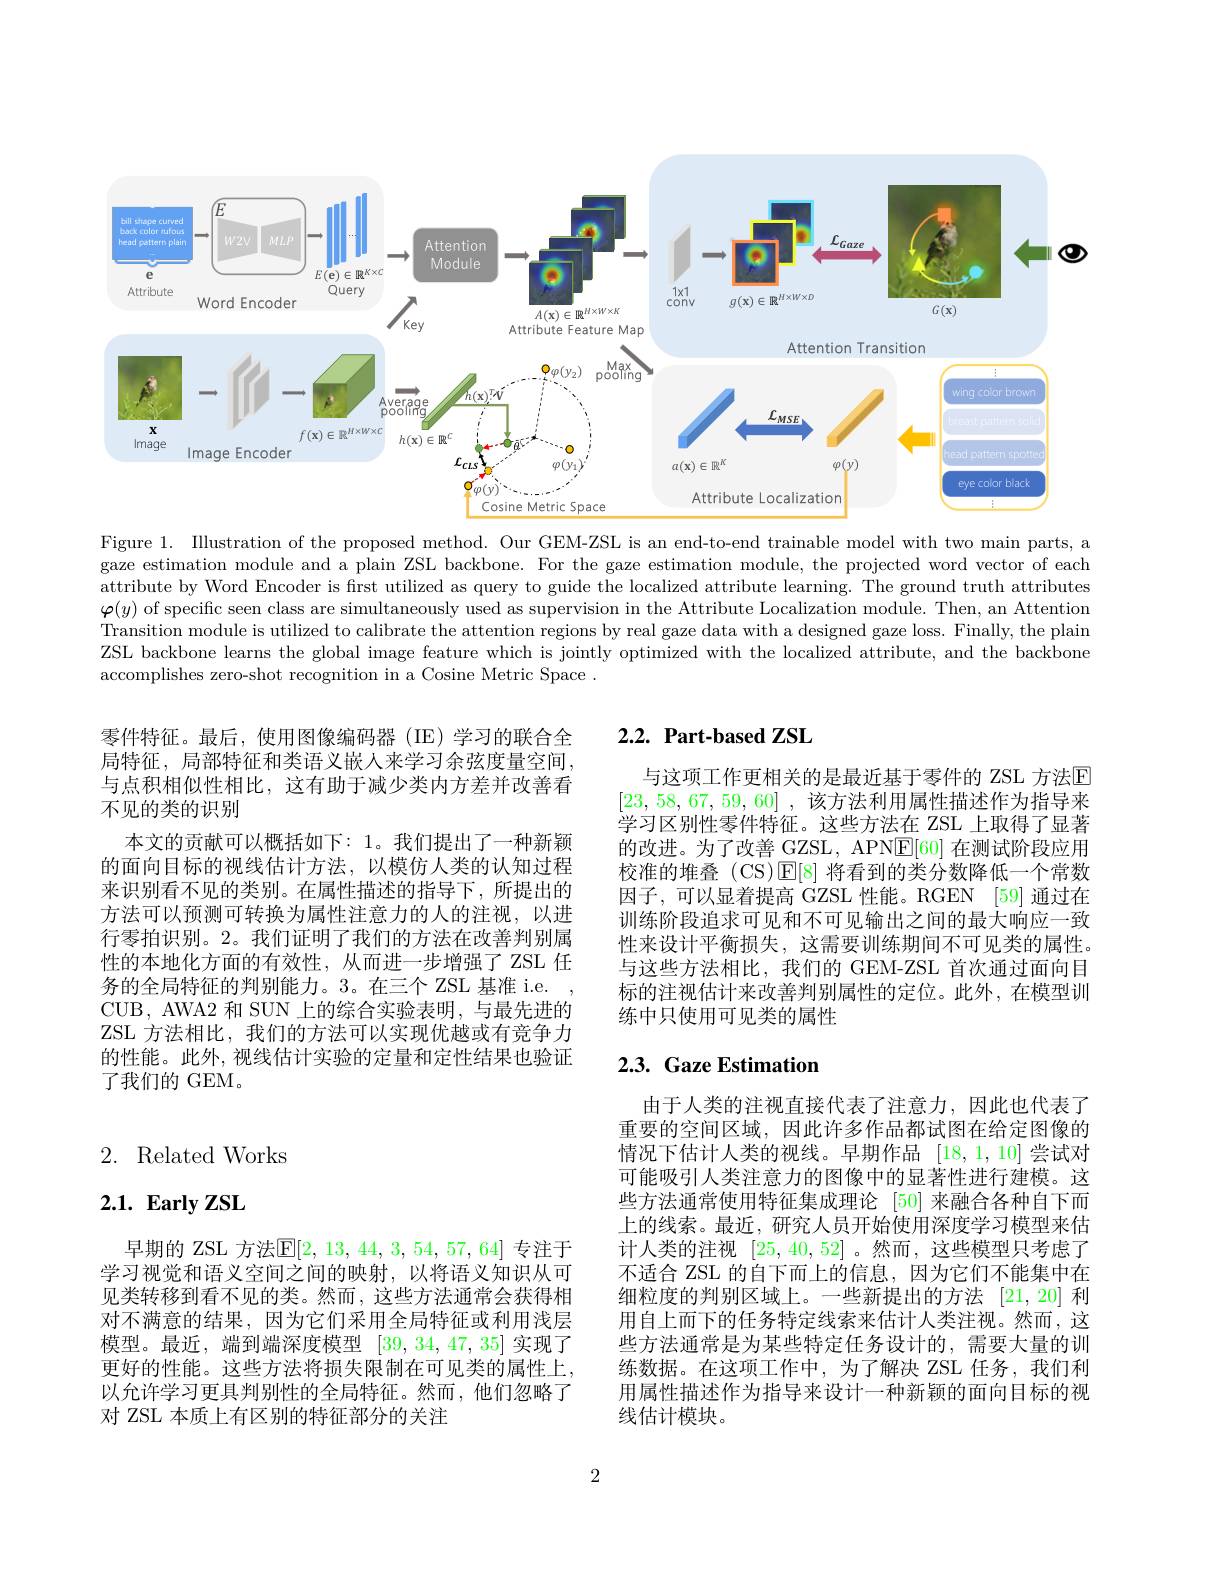
<FigureHere>

Figure 1. Illustration of the proposed method. Our GEM-ZSL is an end-to-end trainable model with two main parts, a gaze estimation module and a plain ZSL backbone. For the gaze estimation module, the projected word vector of each attribute by Word Encoder is frst utilized as query to guide the localized attribute learning. The ground truth attributes $\varphi(y)$ of specific seen class are simultaneously used as supervision in the Attribute Localization module. Then, an Attention Transition module is utilized to calibrate the attention regions by real gaze data with a designed gaze loss. Finally, the plain ZSL backbone learns the global image feature which is jointly optimized with the localized attribute, and the backbone accomplishes zero-shot recognition in a Cosine Metric Space .

# 2.2. Part-based ZSL

与这项工作更相关的是最近基于零件的 ZSL 方法$\mathbb{E}$ [23,58,67,59,60] , 该方法利用属性描述作为指导来学习区别性零件特征。这些方法在 ZSL 上取得了显著的改进。为了改善 GZSL, APN$\boxed{\mathrm{E}}[60]$在测试阶段应用校准的堆叠 (CS)$\mathbb{E}[8]$将看到的类分数降低一个常数因子，可以显着提高 GZSL 性能。RGEN [59] 通过在训练阶段追求可见和不可见输出之间的最大响应一致性来设计平衡损失，这需要训练期间不可见类的属性。与这些方法相比，我们的 GEM-ZSL 首次通过面向目标的注视估计来改善判别属性的定位。此外，在模型训练中只使用可见类的属性

零件特征。最后，使用图像编码器(IE)学习的联合全局特征，局部特征和类语义嵌人来学习余弦度量空间， 与点积相似性相比，这有助于减少类内方差并改善看不见的类的识别
本文的贡献可以概括如下：1。我们提出了一种新颖的面向目标的视线估计方法，以模仿人类的认知过程来识别看不见的类别。在属性描述的指导下，所提出的方法可以预测可转换为属性注意力的人的注视，以进行零拍识别。2。我们证明了我们的方法在改善判别属性的本地化方面的有效性，从而进一步增强了 ZSL 任务的全局特征的判别能力。3。在三个 ZSL 基准 i.e.
CUB, AWA2 和 SUN 上的综合实验表明，与最先进的ZSL 方法相比，我们的方法可以实现优越或有竞争力的性能。此外，视线估计实验的定量和定性结果也验证了我们的 GEM。

# 2.3. Gaze Estimation

# 2. Related Works

# $2. 1. \textbf{ Early ZSL}$

由于人类的注视直接代表了注意力，因此也代表了重要的空间区域，因此许多作品都试图在给定图像的情况下估计人类的视线。早期作品[18,1,10]尝试对可能吸引人类注意力的图像中的显著性进行建模。这些方法通常使用特征集成理论 [50] 来融合各种自下而上的线索。最近，研究人员开始使用深度学习模型来估计人类的注视[25,40,52] 。然而，这些模型只考虑了不适合 ZSL 的自下而上的信息，因为它们不能集中在细粒度的判别区域上。一些新提出的方法 [21,20] 利用自上而下的任务特定线索来估计人类注视。然而，这些方法通常是为某些特定任务设计的，需要大量的训练数据。在这项工作中，为了解决 ZSL 任务，我们利用属性描述作为指导来设计一种新颖的面向目标的视线估计模块。

早期的 ZSL 方法$\mathbb{E}[2,13,44,3,54,57,64]$ 专注于学习视觉和语义空间之间的映射，以将语义知识从可见类转移到看不见的类。然而，这些方法通常会获得相对不满意的结果，因为它们采用全局特征或利用浅层模型。最近，端到端深度模型[39,34,47,35]实现了更好的性能。这些方法将损失限制在可见类的属性上， 以允许学习更具判别性的全局特征。然而，他们忽略了对 ZSL 本质上有区别的特征部分的关注

2